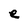
Character: e